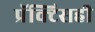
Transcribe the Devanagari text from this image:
प्रॅक्टिसही